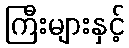
ကြီးများနှင့်